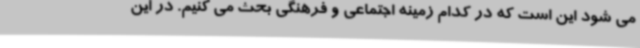
می شود این است که در کدام زمینه اجتماعی و فرهنگی بحث می کنیم. در این